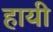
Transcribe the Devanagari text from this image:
हायी